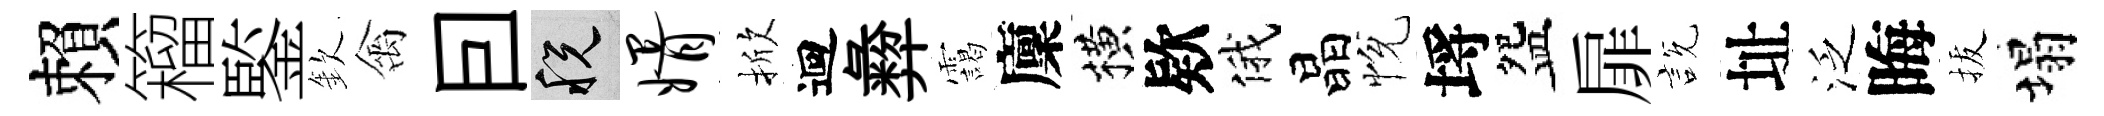
賴籕鍳欽禽囙税婿掀迴彜靄廩横欵俄晶恱埓盌扉説址泛晦拔塌